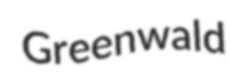
Greenwald